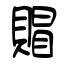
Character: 賵